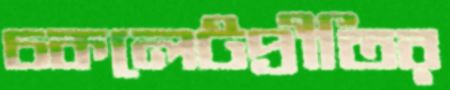
চকলেটপ্রীতির